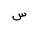
Letter: _sin